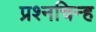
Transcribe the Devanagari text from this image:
प्रश्‍नचिन्ह